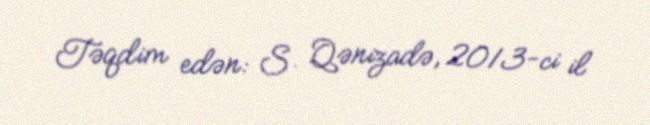
Təqdim edən: S. Qənizadə, 2013-ci il